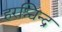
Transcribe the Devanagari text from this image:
हरश्चिन्द्र